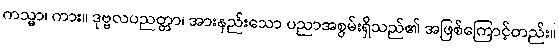
ကသ္မာ၊ ကား။ ဒုဗ္ဗလပညတ္တာ၊ အားနည်းသော ပညာအစွမ်းရှိသည်၏ အဖြစ်ကြောင့်တည်း။